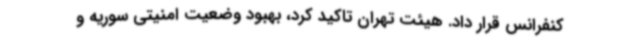
کنفرانس قرار داد. هیئت تهران تاکید کرد، بهبود وضعیت امنیتی سوریه و